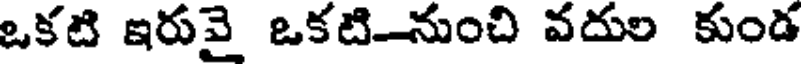
ఒకటి ఇరువై ఒకటి.-నుంచి వదుల కుండ